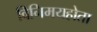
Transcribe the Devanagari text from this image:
विनिमयहोता